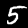
Label: 5